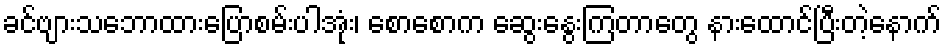
ခင်ဗျားသဘောထားပြောစမ်းပါအုံး၊ စောစောက ဆွေးနွေးကြတာတွေ နားထောင်ပြီးတဲ့နောက်